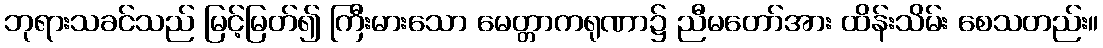
ဘုရားသခင်သည် မြင့်မြတ်၍ ကြီးမားသော မေတ္တာကရုဏာ၌ ညီမတော်အား ထိန်းသိမ်း စေသတည်း။